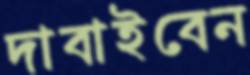
দাবাইবেন